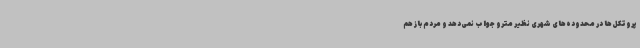
پروتکل‌ها در محدوده‌های شهری نظیر مترو جواب نمی‌دهد و مردم باز هم